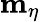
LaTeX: \mathbf{m}_{\eta}